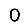
Digit: 0